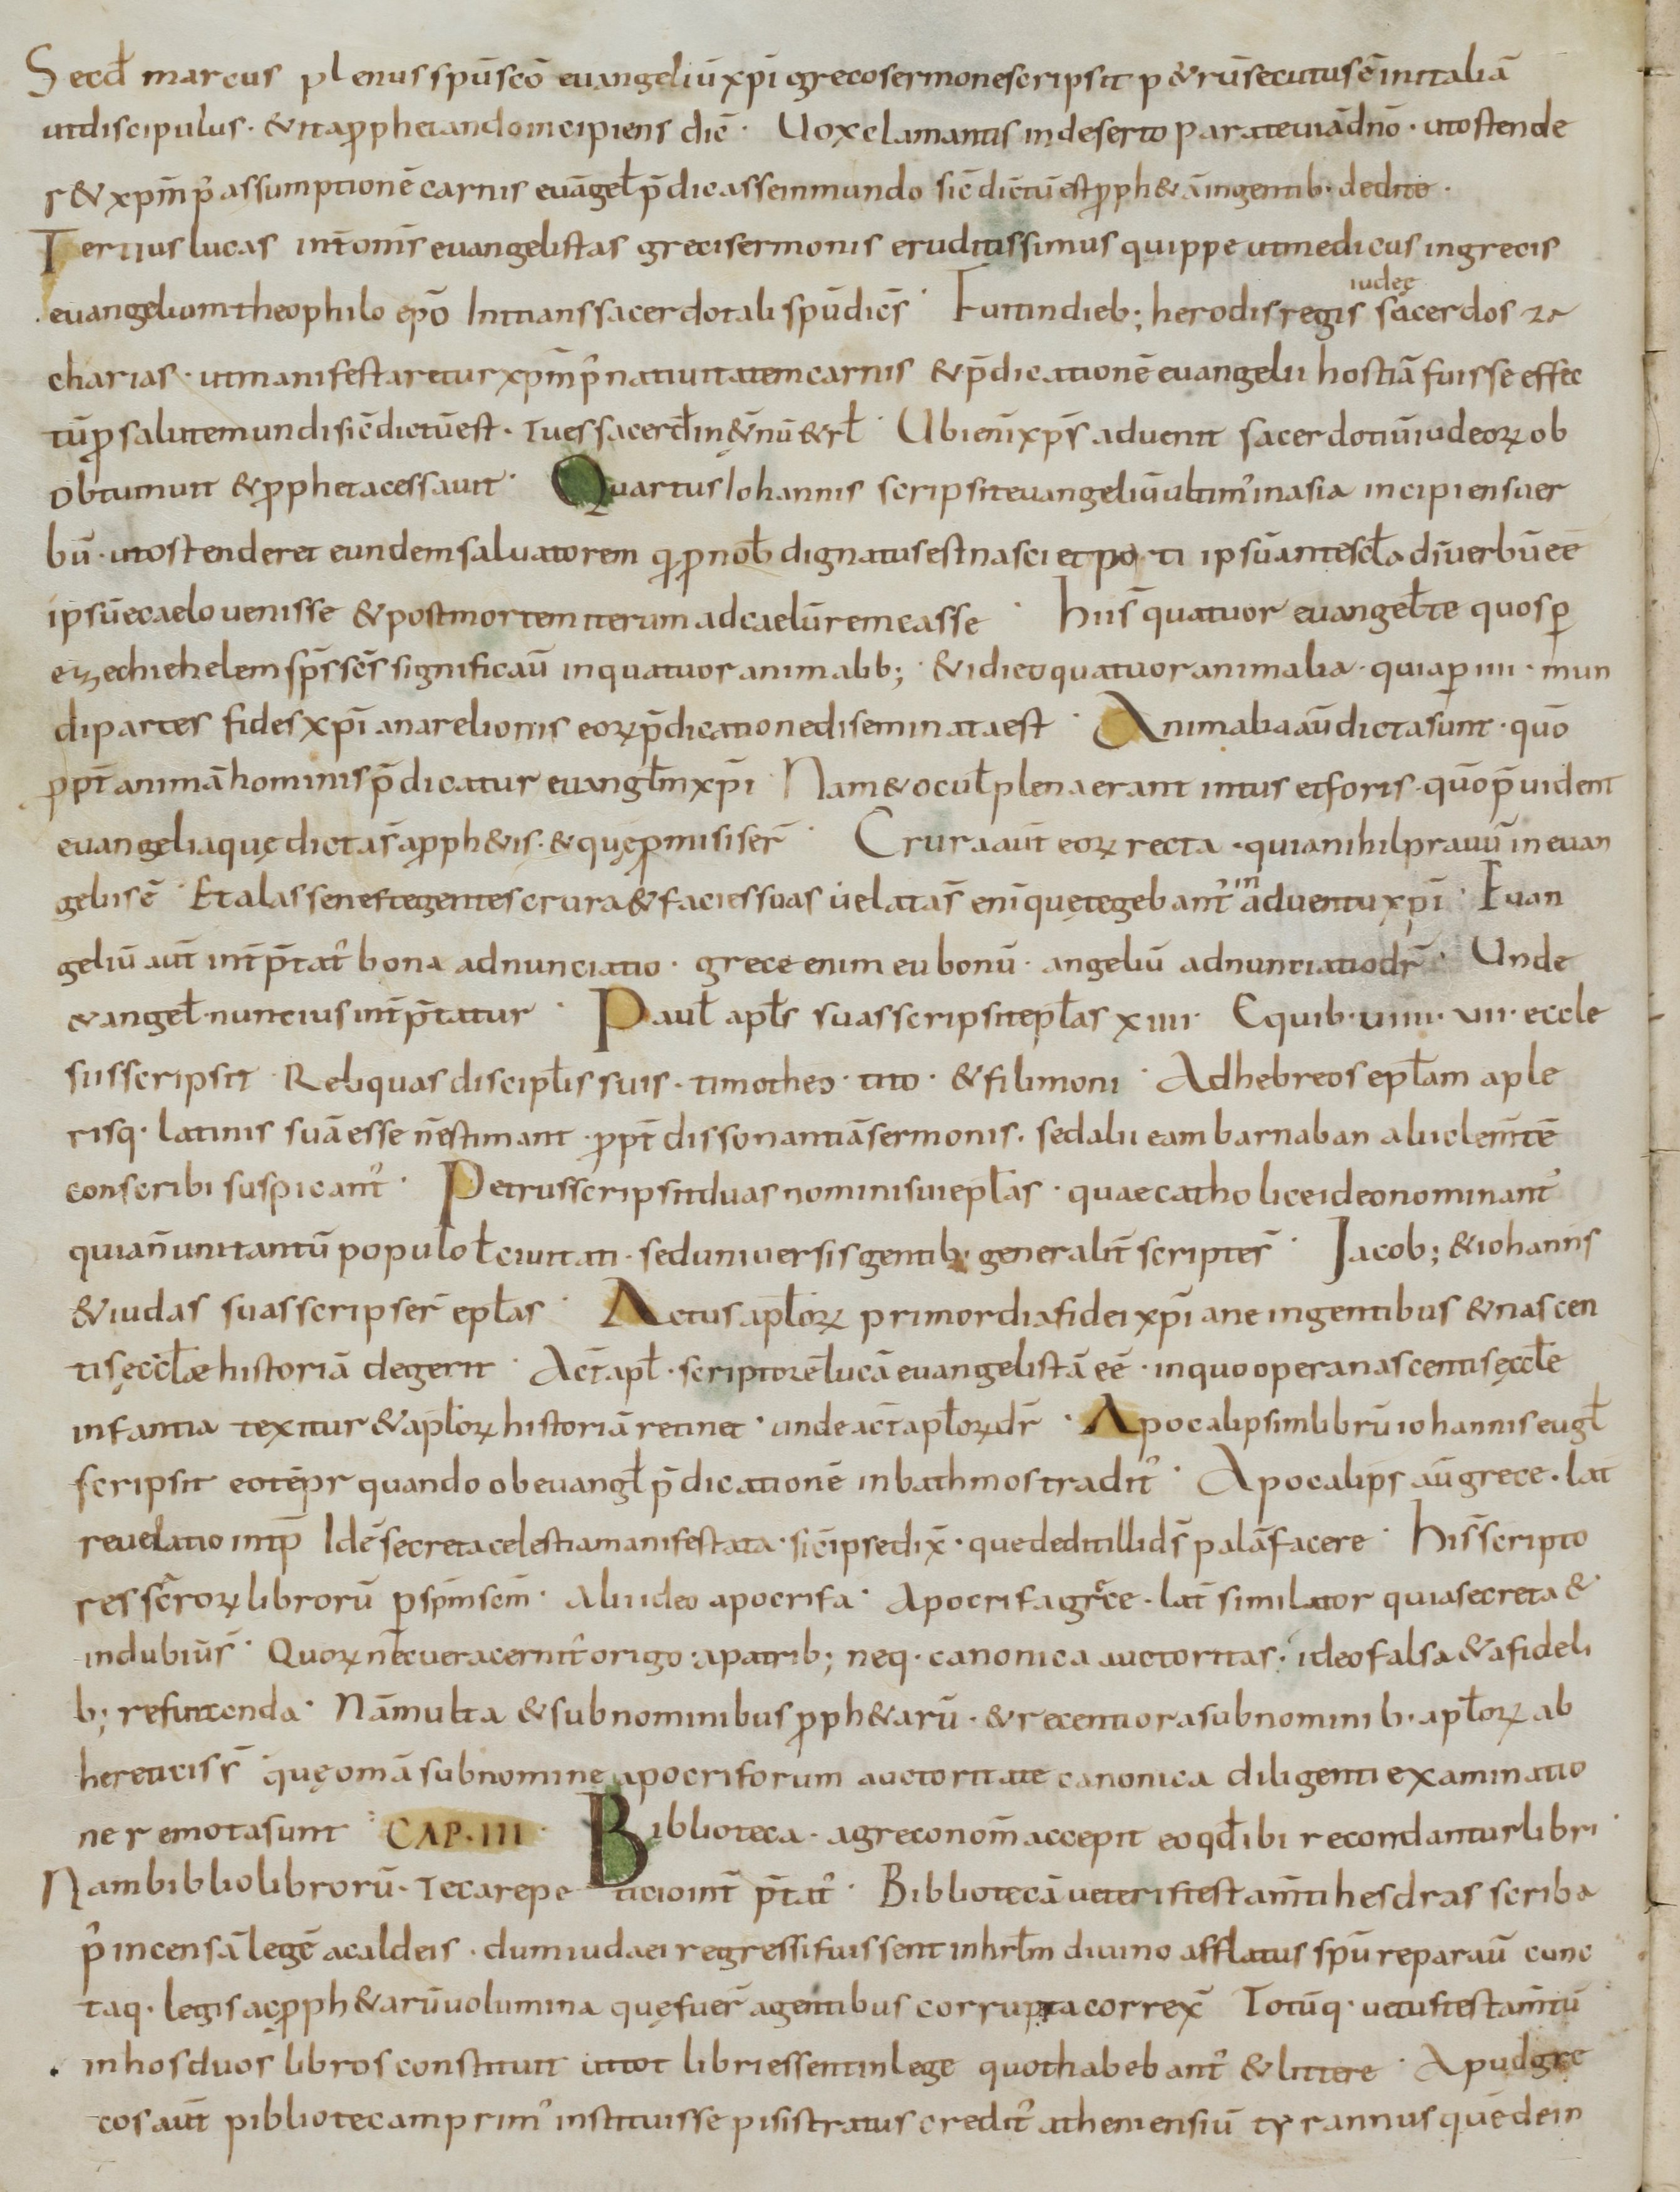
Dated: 800–899